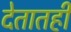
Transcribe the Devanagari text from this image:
देतातही